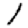
Digit: 1